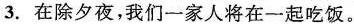
3. 在除夕夜,我们一家人将在一起吃饭。